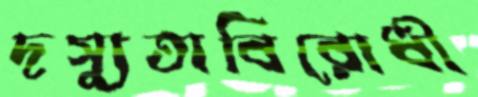
দস্যুতাবিরোধী